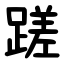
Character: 蹉